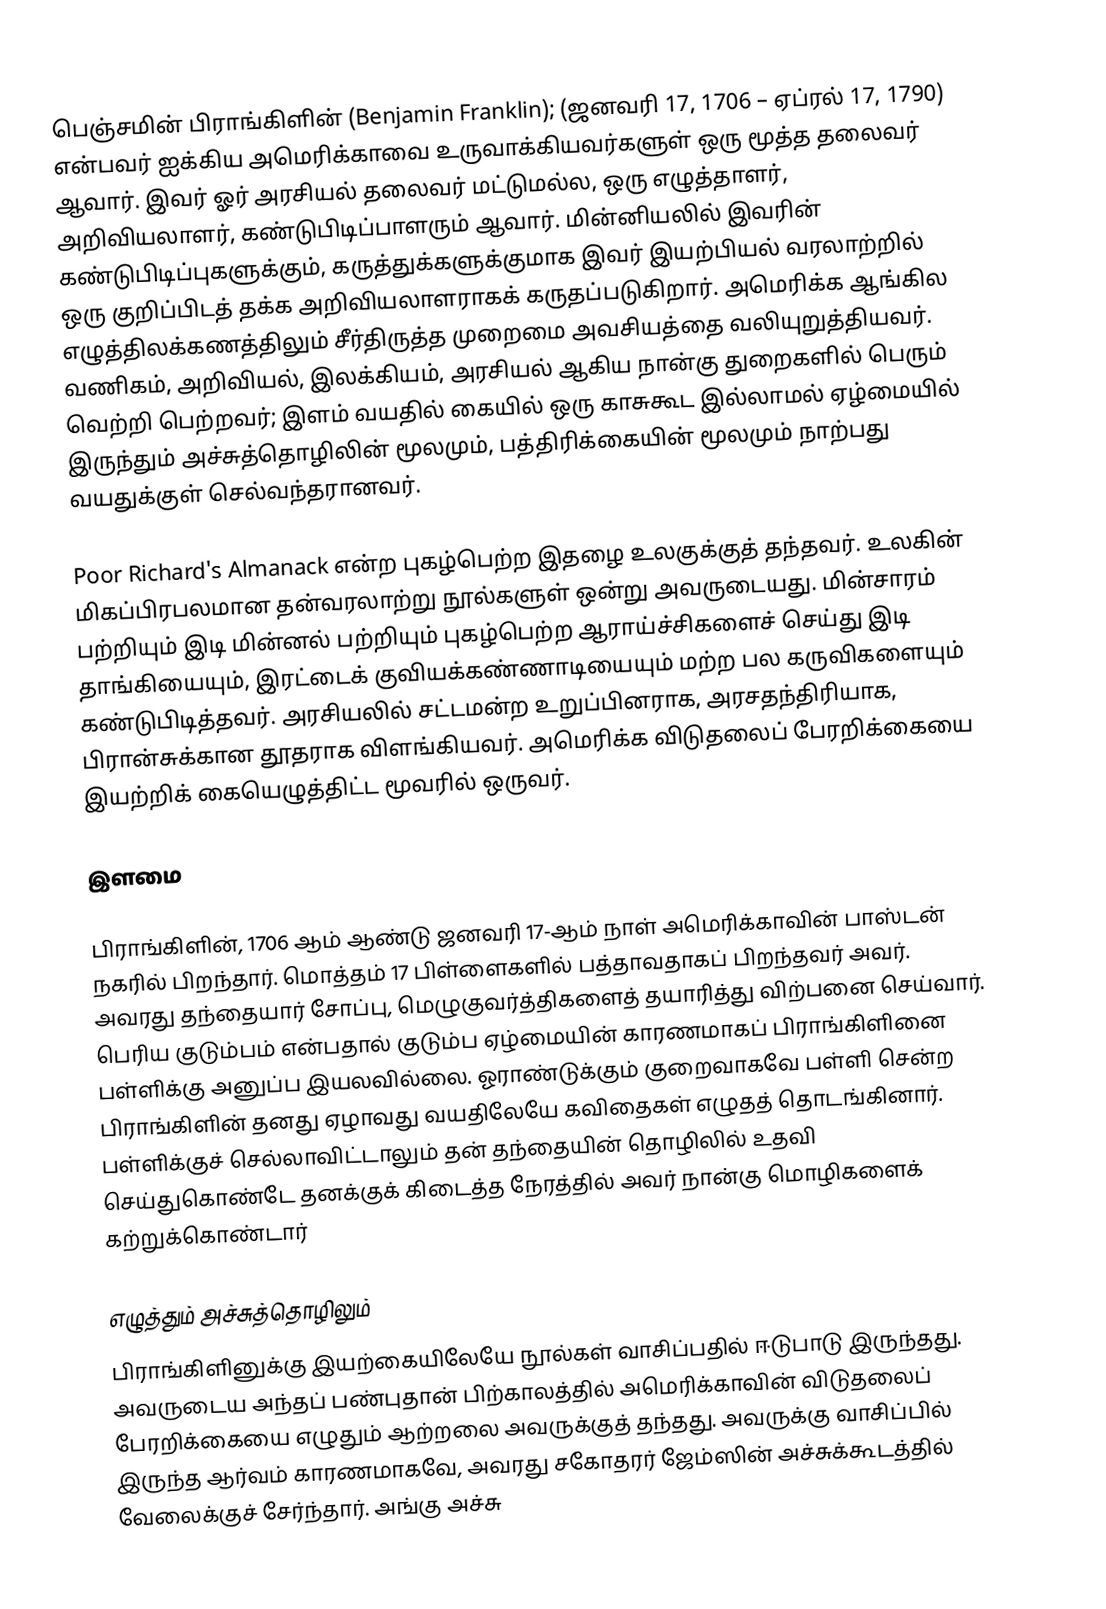
பெஞ்சமின் பிராங்கிளின் (Benjamin Franklin); (ஜனவரி 17, 1706 – ஏப்ரல் 17, 1790) என்பவர் ஐக்கிய அமெரிக்காவை உருவாக்கியவர்களுள் ஒரு மூத்த தலைவர் ஆவார். இவர் ஓர் அரசியல் தலைவர் மட்டுமல்ல, ஒரு எழுத்தாளர், அறிவியலாளர், கண்டுபிடிப்பாளரும் ஆவார். மின்னியலில் இவரின் கண்டுபிடிப்புகளுக்கும், கருத்துக்களுக்குமாக இவர் இயற்பியல் வரலாற்றில் ஒரு குறிப்பிடத் தக்க அறிவியலாளராகக் கருதப்படுகிறார். அமெரிக்க ஆங்கில எழுத்திலக்கணத்திலும் சீர்திருத்த முறைமை அவசியத்தை வலியுறுத்தியவர். வணிகம், அறிவியல், இலக்கியம், அரசியல் ஆகிய நான்கு துறைகளில் பெரும் வெற்றி பெற்றவர்; இளம் வயதில் கையில் ஒரு காசுகூட இல்லாமல் ஏழ்மையில் இருந்தும் அச்சுத்தொழிலின் மூலமும், பத்திரிக்கையின் மூலமும் நாற்பது வயதுக்குள் செல்வந்தரானவர்.

Poor Richard's Almanack என்ற புகழ்பெற்ற இதழை உலகுக்குத் தந்தவர். உலகின் மிகப்பிரபலமான தன்வரலாற்று நூல்களுள் ஒன்று அவருடையது. மின்சாரம் பற்றியும் இடி மின்னல் பற்றியும் புகழ்பெற்ற ஆராய்ச்சிகளைச் செய்து இடி தாங்கியையும், இரட்டைக் குவியக்கண்ணாடியையும் மற்ற பல கருவிகளையும் கண்டுபிடித்தவர்.  அரசியலில் சட்டமன்ற உறுப்பினராக, அரசதந்திரியாக, பிரான்சுக்கான தூதராக விளங்கியவர். அமெரிக்க விடுதலைப் பேரறிக்கையை இயற்றிக் கையெழுத்திட்ட மூவரில் ஒருவர்.

இளமை

பிராங்கிளின், 1706 ஆம் ஆண்டு ஜனவரி 17-ஆம் நாள் அமெரிக்காவின் பாஸ்டன் நகரில் பிறந்தார். மொத்தம் 17 பிள்ளைகளில் பத்தாவதாகப் பிறந்தவர் அவர். அவரது தந்தையார் சோப்பு, மெழுகுவர்த்திகளைத் தயாரித்து  விற்பனை செய்வார். பெரிய குடும்பம் என்பதால் குடும்ப ஏழ்மையின் காரணமாகப் பிராங்கிளினை பள்ளிக்கு அனுப்ப இயலவில்லை. ஓராண்டுக்கும் குறைவாகவே பள்ளி சென்ற பிராங்கிளின் தனது ஏழாவது வயதிலேயே கவிதைகள் எழுதத் தொடங்கினார். பள்ளிக்குச் செல்லாவிட்டாலும் தன் தந்தையின் தொழிலில் உதவி செய்துகொண்டே தனக்குக் கிடைத்த நேரத்தில் அவர் நான்கு மொழிகளைக் கற்றுக்கொண்டார்

எழுத்தும் அச்சுத்தொழிலும்
பிராங்கிளினுக்கு இயற்கையிலேயே நூல்கள் வாசிப்பதில் ஈடுபாடு இருந்தது. அவருடைய அந்தப் பண்புதான் பிற்காலத்தில் அமெரிக்காவின் விடுதலைப் பேரறிக்கையை எழுதும் ஆற்றலை அவருக்குத் தந்தது. அவருக்கு வாசிப்பில் இருந்த ஆர்வம் காரணமாகவே, அவரது சகோதரர் ஜேம்ஸின் அச்சுக்கூடத்தில் வேலைக்குச் சேர்ந்தார். அங்கு அச்சு